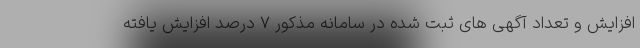
افزایش و تعداد آگهی های ثبت شده در سامانه مذکور ۷ درصد افزایش یافته